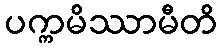
ပက္ကမိဿာမီတိ